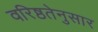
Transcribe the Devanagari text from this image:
वरिष्ठतेनुसार